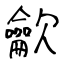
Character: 龡